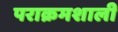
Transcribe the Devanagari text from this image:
पराक्रमशाली